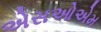
એસઓએમ